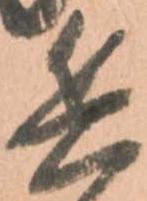
粮